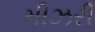
મીઝરી